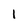
Character: l